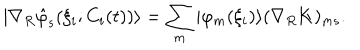
| \nabla _ { R } \hat { \varphi } _ { s } ( \xi _ { i } ; C _ { i } ( t ) ) \rangle = \sum _ { m } | \varphi _ { m } ( \xi _ { i } ) \rangle ( \nabla _ { R } { \bf K } ) _ { m s } .